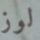
لوز